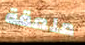
ملعقة